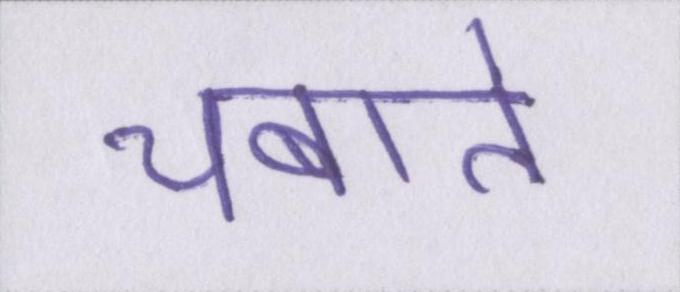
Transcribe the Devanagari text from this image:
चबाते